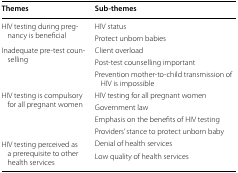
<table><thead><tr><td><b>Themes</b></td><td><b>Sub-themes</b></td></tr></thead><tbody><tr><td rowspan="2">HIV testing during pregnancy is beneficial</td><td>HIV status</td></tr><tr><td>Protect unborn babies</td></tr><tr><td rowspan="3">Inadequate pre-test counselling</td><td>Client overload</td></tr><tr><td>Post-test counselling important</td></tr><tr><td>Prevention mother-to-child transmission of HIV is impossible</td></tr><tr><td rowspan="4">HIV testing is compulsory for all pregnant women</td><td>HIV testing for all pregnant women</td></tr><tr><td>Government law</td></tr><tr><td>Emphasis on the benefits of HIV testing</td></tr><tr><td>Providers’ stance to protect unborn baby</td></tr><tr><td rowspan="2">HIV testing perceived as a prerequisite to other health services</td><td>Denial of health services</td></tr><tr><td>Low quality of health services</td></tr></tbody></table>